Vaccination North-Western Provinces and Oudh 1878-1895 - 1878-1895
Year: 1878
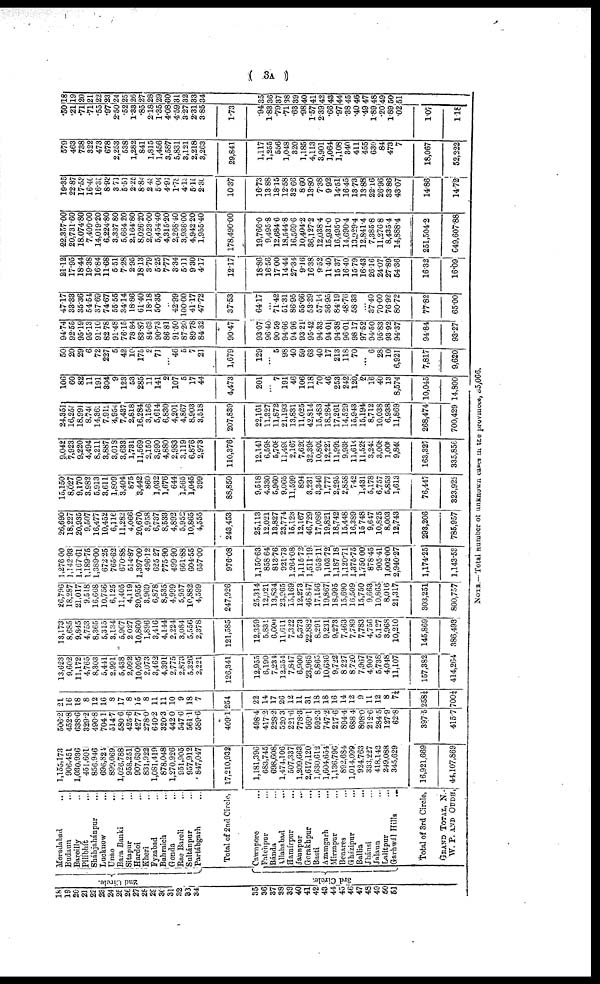
( 3A )
18
19
20
21
22
23
24
25
26
27
28
29
30
31
32
33
34
35
36
37
38
39
40
41
42
43
44
45
46
47
48
49
50
51
2nd Circle.
3rd Circle.
Moradabad ...
Budaun ...
Bareilly ...
Pilibhít ...
Sháhjahánpur ...
Lucknow ...
Unào
...
Bara Banki ...
Sitapur ...
Hardoi ...
Kheri ...
Fyzabad ...
Bahraich ...
Gonda ...
Rae Bareli ...
Sultánpur ...
Partábgarh ...
Total of 2nd Circle,
Cawnpore ...
Fatehpur ...
Bánda ...
Allahabad ...
Hamírpur ...
Jaunpur ...
Gorakhpur ...
Basti ...
Azamgarh ...
Mirzapur ...
Benares ...
Gházipur ...
Ballia ...
Jhánsi ...
Jalaun ...
Lalitpur ...
Garhwál Hills ...
Total of 3rd Circle,
GRAND TOTAL, N
W. P. AND OUDH.
1,155,173
906,451
1,030,936
451,601
856,946
696,824
899,069
1,026,788
958,251
907,630
831,922
1,081,419
878,048
1,270,926
951,905
957,912
847,047
17,210,932
1,181,396
680,745
698,608
1,474,106
507,337
1,209,663
2,617,120
1,630,612
1,604,654
1,136,796
892,684
1,014,099
924,763
333,227
418,142
249,088
345,629
16,921,669
44,107,869
506.2
452.8
638.6
329.2
490.8
704.1
514.7
580.6
425.6
427.7
278.0
640.2
320.3
442.0
547.6
561.1
589.6
409.1
498.4
417.2
228.2
520.3
221.6
778.3
569.1
592.3
747.2
217.6
894.4
688.4
808.0
212.6
284.5
127.9
62.8
397.5
415.7
21
16
18
8
12
16
8
17
8
15
8
11
11
10
9
18
7
254
22
14
17
26
12
11
31
18
18
16
14
12
9
11
12
8
7½
258¼
700¼
13,623
9,602
11,172
4,765
8,303
5,441
2,991
5,438
2,092
10,095
2,073
3,462
4,391
2,775
2,873
5,326
2,221
126,341
12,955
6,190
7,234
12,354
7,847
6,900
23,965
8,865
10,636
9,722
8,227
8,720
7,967
4,907
5,738
4,048
11,107
157,382
414,264
13,173
8,685
9,845
4,753
8,365
5,315
3,134
5,967
2,027
10,860
1,896
3,416
4,144
2,224
3,084
5,556
2,378
121,585
12,359
5,835
6,600
11,611
7,322
5,373
22,882
8,291
9,231
9,273
7,463
7,789
7,783
4,756
5,127
3,968
10,210
145,869
386,493
26,796
18,287
21,017
9,518
16,668
10,756
6,125
11,405
4,119
20,955
3,969
6,878
8,535
4,999
5,957
10,882
4,599
247,926
25,314
12,021
13,834
23,965
15,169
12,273
46,847
17,156
19,867
18,995
15,690
16,509
15,750
9,663
10,865
8,016
21,317
303,251
800,757
1,276.00
1,142.93
1,167.61
1,189.75
1,389.00
672.25
765.62
670.88
514.87
1,397.00
496.12
625.27
775.90
499.90
661.88
604.55
657.00
976.08
1,150.63
858.64
813.76
921.73
1,264.08
1,115.72
1,511.19
953.11
1,103.72
1,187.18
1,120.71
1,375.75
1,750.00
878.45
905.41
1,002.00
2,940.27
1,174.25
1,143.53
26,690
18,227
20,935
9,507
16,477
10,452
6,116
11,282
4,066
20,670
3,958
6,737
8,533
4,892
5,952
10,865
4,555
243,453
25,113
12,021
13,827
23,774
15,123
12,167
46,729
17,086
19,821
18,742
15,448
16,389
15,748
9,647
10,825
8,003
12,743
293,206
785,957
15,150
8,027
9,170
3,982
5,913
3,611
1,809
3,404
875
3,442
860
1,032
1,676
644
1,565
1,045
399
88,850
9,518
4,330
5,960
9,065
11,599
894
3,231
3,346
1,777
2,295
2,858
742
1,431
5,178
6,757
5,853
1,613
76,447
323,922
9,042
7,923
9,220
4,494
8,211
3,887
3,018
3,633
1,731
11,569
2,150
3,990
4,880
2,983
3,119
6,876
2,973
110,376
12,141
6,598
5,708
11,490
2,167
7,626
32,398
10,802
12,227
11,992
9,938
11,614
11,528
3,242
3,008
l,008
9,840
163,327
335,856
24,351
16,255
18,991
8,740
14,362
7,912
4,954
7,437
2,818
16,284
3,156
5,614
6,830
4,201
4,867
8,903
3,518
207,839
22,161
11,327
11,872
21,193
13,831
11,025
42,814
15,483
18,284
17,261
14,529
15,943
15,194
8,712
10,038
6,938
11,869
268,474
700,429
106
60
82
11
191
304
9
123
53
285
11
141
2
107
5
17
44
4,473
201
...
7
191
46
106
118
70
46
253
242
120
2
16
40
13
8,574
10,045
14,800
50
20
29
6
72
227
5
42
10
175
2
71
...
46
5
7
21
1,679
129
...
5
98
40
59
63
40
17
213
118
70
...
6
28
10
6,921
7,817
9,620
94.74
92.55
95.19
95.13
91.10
82.78
91.48
76.15
78.84
83.87
84.63
90.73
86.81
91.50
87.20
89.78
84.32
90.47
93.07
96.40
90.59
94.66
94.96
93.21
95.42
94.33
94.01
94.38
96.01
98.17
97.52
94.50
95.83
93.92
94.37
94.84
93.27
47.17
33.33
35.36
54.54
37.69
74.67
55.55
34.14
18.86
61.40
18.18
50.35
...
42.99
100.00
41.17
47.72
37.53
64.17
...
71.42
51.31
86.95
55.66
53.39
57.14
36.95
84.19
48.76
58.33
...
37.40
70.00
76.92
80.72
77.82
65.00
21.12
17.95
18.44
19.38
16.84
11.68
5.51
7.28
2.95
18.13
3.79
5.25
7.77
3.34
5.11
9.30
4.17
12.17
18.86
16.56
17.00
14.44
27.34
9.16
16.38
9.52
11.40
15.37
16.40
15.79
16.43
26.16
24.07
27.89
54.36
16.32
16.09
22,357.00
20,731.60
18,074.80
7,409.00
14,019.20
6,224.80
3,337.80
5,664.20
2,164.80
8,026.20
2,023.00
5,454.40
4,315.20
2,268.40
3,936.00
4,942.20
1,955.40
178,490.00
19,766.0
9,495.8
12,684.6
18,544.8
16,569.6
10,404.2
36,127.2
12,038.4
15,931.0
16,495.0
14,690.4
13,929.4
12,841.4
7,385.8
11,276.8
8,435.4
14,888.4
251,504.2
649,607.88
19.35
22.87
17.53
16.40
16.35
8.93
3.71
5.51
2.25
8.84
2.43
5.04
4.96
1.78
4.13
5.15
2.30
10.37
16.73
13.88
18.15
12.58
32.66
8.60
13.80
7.38
9.92
14.51
16.45
13.73
13.88
22.16
26.96
33.86
43.07
14.86
14.72
579
463
738
822
473
678
2,253
538
1,282
841
1,815
1,456
3,587
5,831
3,121
2,218
3,263
29,841
1,117
1,255
556
1,048
320
1,185
4,113
3,901
1,064
1,108
340
411
455
630
84
473
7
18,067
52,222
.50
.21
.71
.71
.55
.97
2.50
.52
1.33
.85
2.18
1.35
4.08
4.59
3.27
2.31
3.85
1.73
.94
1.83
.79
.71
.63
.98
1.57
2.39
.66
.97
.38
.40
.49
1.89
.20
1.89
.02
1.07
1.18
18
19
20
21
22
23
24
25
26
27
28
29
30
31
32
33
34
35
36
37
38
39
40
41
42
43
44
45
46
47
48
49
50
51
NOTE.—Total number of unknown cases in the provinces, 55,066.